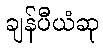
ချန်ပီယံဆု